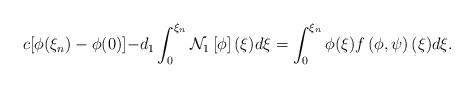
LaTeX: \begin{align*} c[\phi(\xi_n)-\phi(0)]-&d_1\int_{0}^{\xi_n} \mathcal{N}_1\left[\phi\right](\xi)d\xi=\int_{0}^{\xi_n}\phi(\xi)f\left(\phi,\psi\right)(\xi)d\xi.\end{align*}